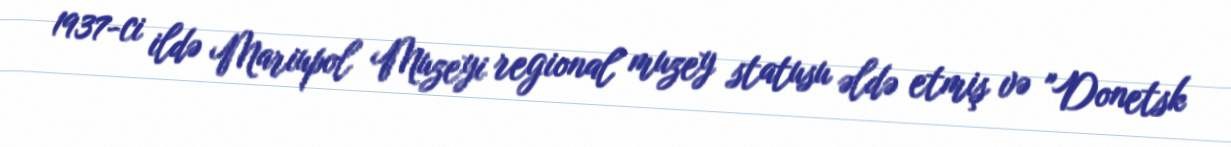
1937-ci ildə Mariupol Muzeyi regional muzey statusu əldə etmiş və "Donetsk